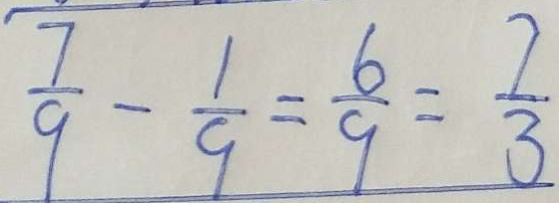
\frac { 7 } { 9 } - \frac { 1 } { 9 } = \frac { 6 } { 9 } = \frac { 7 } { 3 }